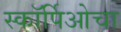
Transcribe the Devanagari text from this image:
स्कॉर्पिओचा